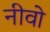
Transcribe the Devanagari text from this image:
नीवो